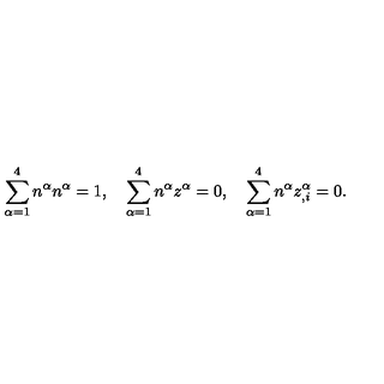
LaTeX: \sum _ { \alpha = 1 } ^ { 4 } n ^ { \alpha } n ^ { \alpha } = 1 , \quad \sum _ { \alpha = 1 } ^ { 4 } n ^ { \alpha } z ^ { \alpha } = 0 , \quad \sum _ { \alpha = 1 } ^ { 4 } n ^ { \alpha } z _ { , i } ^ { \alpha } = 0 .